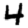
Digit: 4